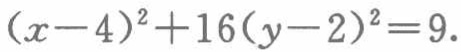
\((x - 4)^2 + 16(y - 2)^2 = 9\)